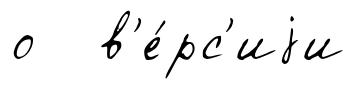
о в'е́рс'иjи